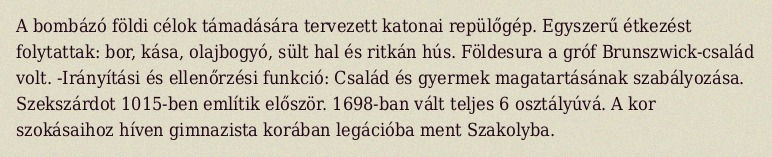
A bombázó földi célok támadására tervezett katonai repülőgép. Egyszerű étkezést folytattak: bor, kása, olajbogyó, sült hal és ritkán hús. Földesura a gróf Brunszwick-család volt. -Irányítási és ellenőrzési funkció: Család és gyermek magatartásának szabályozása. Szekszárdot 1015-ben említik először. 1698-ban vált teljes 6 osztályúvá. A kor szokásaihoz híven gimnazista korában legációba ment Szakolyba.